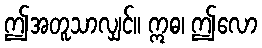
ဤအတူသာလျှင်။ ဣဓ၊ ဤလော